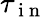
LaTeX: \tau_{\mathrm{~i~n~}}